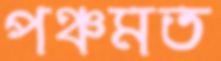
পঞ্চমত